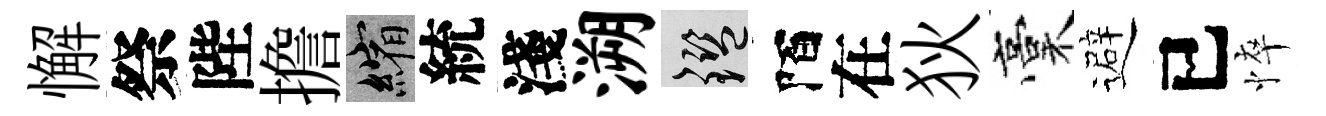
懈祭陛擔縮統淺溯鑒陌在狄稾避已悴